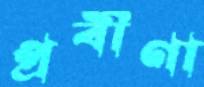
প্রবীণা